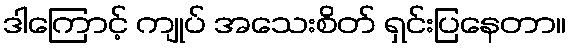
ဒါကြောင့် ကျုပ် အသေးစိတ် ရှင်းပြနေတာ။